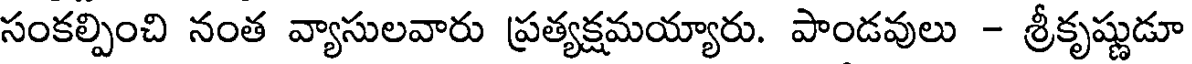
సంకల్పించి నంత వ్యాసులవారు ప్రత్యక్షమయ్యారు. పాండవులు - శ్రీకృష్ణుడూ